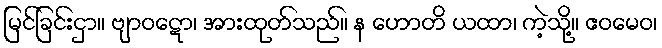
မြင်ခြင်းငှာ။ ဗျာဝဋော၊ အားထုတ်သည်။ န ဟောတိ ယထာ၊ ကဲ့သို့။ ဧဝမေဝ၊